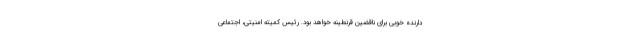
دارنده خوبی برای ناقضین قرنطینه خواهد بود. رئیس کمیته امنیتی، اجتماعی